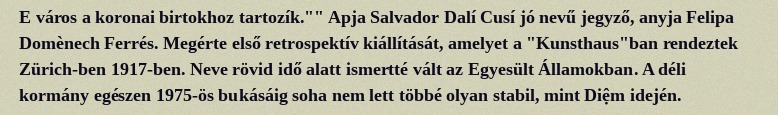
E város a koronai birtokhoz tartozík."" Apja Salvador Dalí Cusí jó nevű jegyző, anyja Felipa Domènech Ferrés. Megérte első retrospektív kiállítását, amelyet a "Kunsthaus"ban rendeztek Zürich-ben 1917-ben. Neve rövid idő alatt ismertté vált az Egyesült Államokban. A déli kormány egészen 1975-ös bukásáig soha nem lett többé olyan stabil, mint Diệm idején.